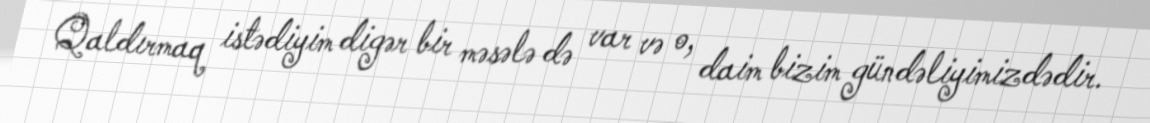
Qaldırmaq istədiyim digər bir məsələ də var və o, daim bizim gündəliyimizdədir.